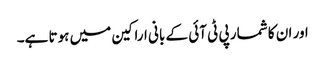
اور ان کا شمار پی ٹی آئی کے بانی اراکین میں ہوتا ہے۔